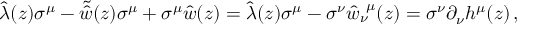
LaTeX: \hat { \lambda } ( z ) \sigma ^ { \mu } - \tilde { \hat { w } } ( z ) \sigma ^ { \mu } + \sigma ^ { \mu } \hat { w } ( z ) = \hat { \lambda } ( z ) \sigma ^ { \mu } - \sigma ^ { \nu } \hat { w } _ { \nu } ^ { ~ \mu } ( z ) = \sigma ^ { \nu } \partial _ { \nu } h ^ { \mu } ( z ) \, ,